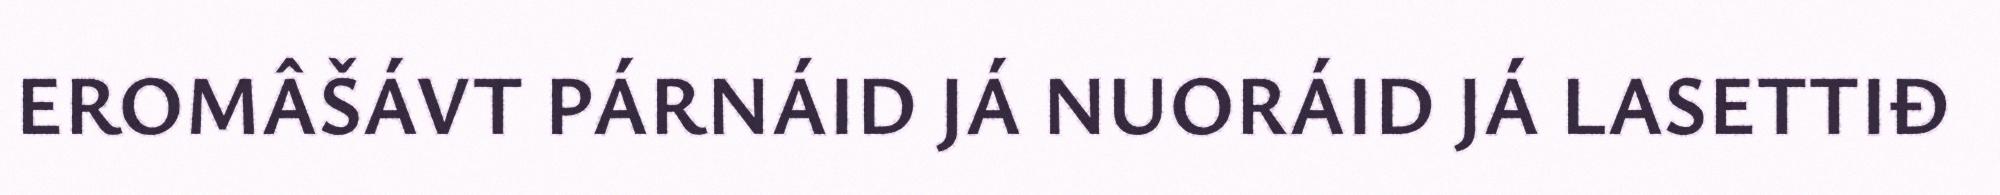
EROMÂŠÁVT PÁRNÁID JÁ NUORÁID JÁ LASETTIĐ